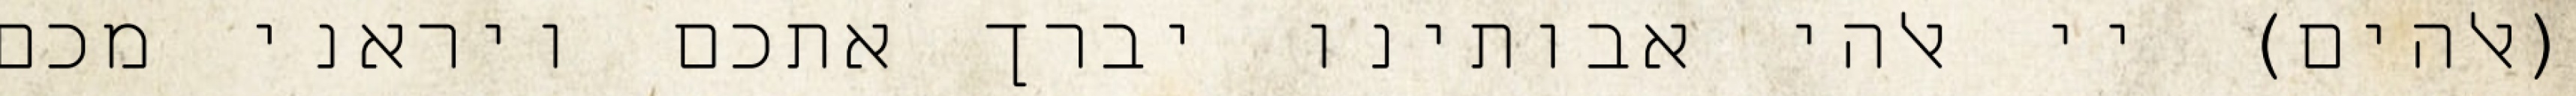
(אלהים) יי אלהי אבותינו יברך אתכם ויראני מכם